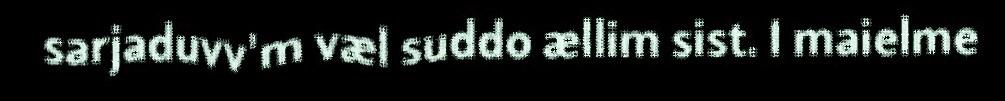
sarjaduvv'm væl suddo ællim sist. I maielme